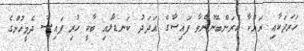
ހަރަދަކާއި ރައްކާ ކުރަންބޭނުންވާ ފައިސާގެ އަދަދު ކަނޑާލައި ބާކީ ހުރި ފައިސާ ދެމީހުންގެ